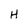
Character: H